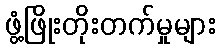
ဖွံ့ဖြိုးတိုးတက်မှုများ